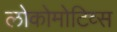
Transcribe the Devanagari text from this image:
लोकोमोटिव्स